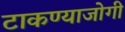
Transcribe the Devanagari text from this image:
टाकण्याजोगी